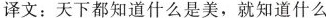
译文：天下都知道什么是美，就知道什么